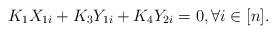
LaTeX: \begin{align*}K_1X_{1i}+K_3Y_{1i}+K_4Y_{2i}=0,\forall i\in[n].\end{align*}